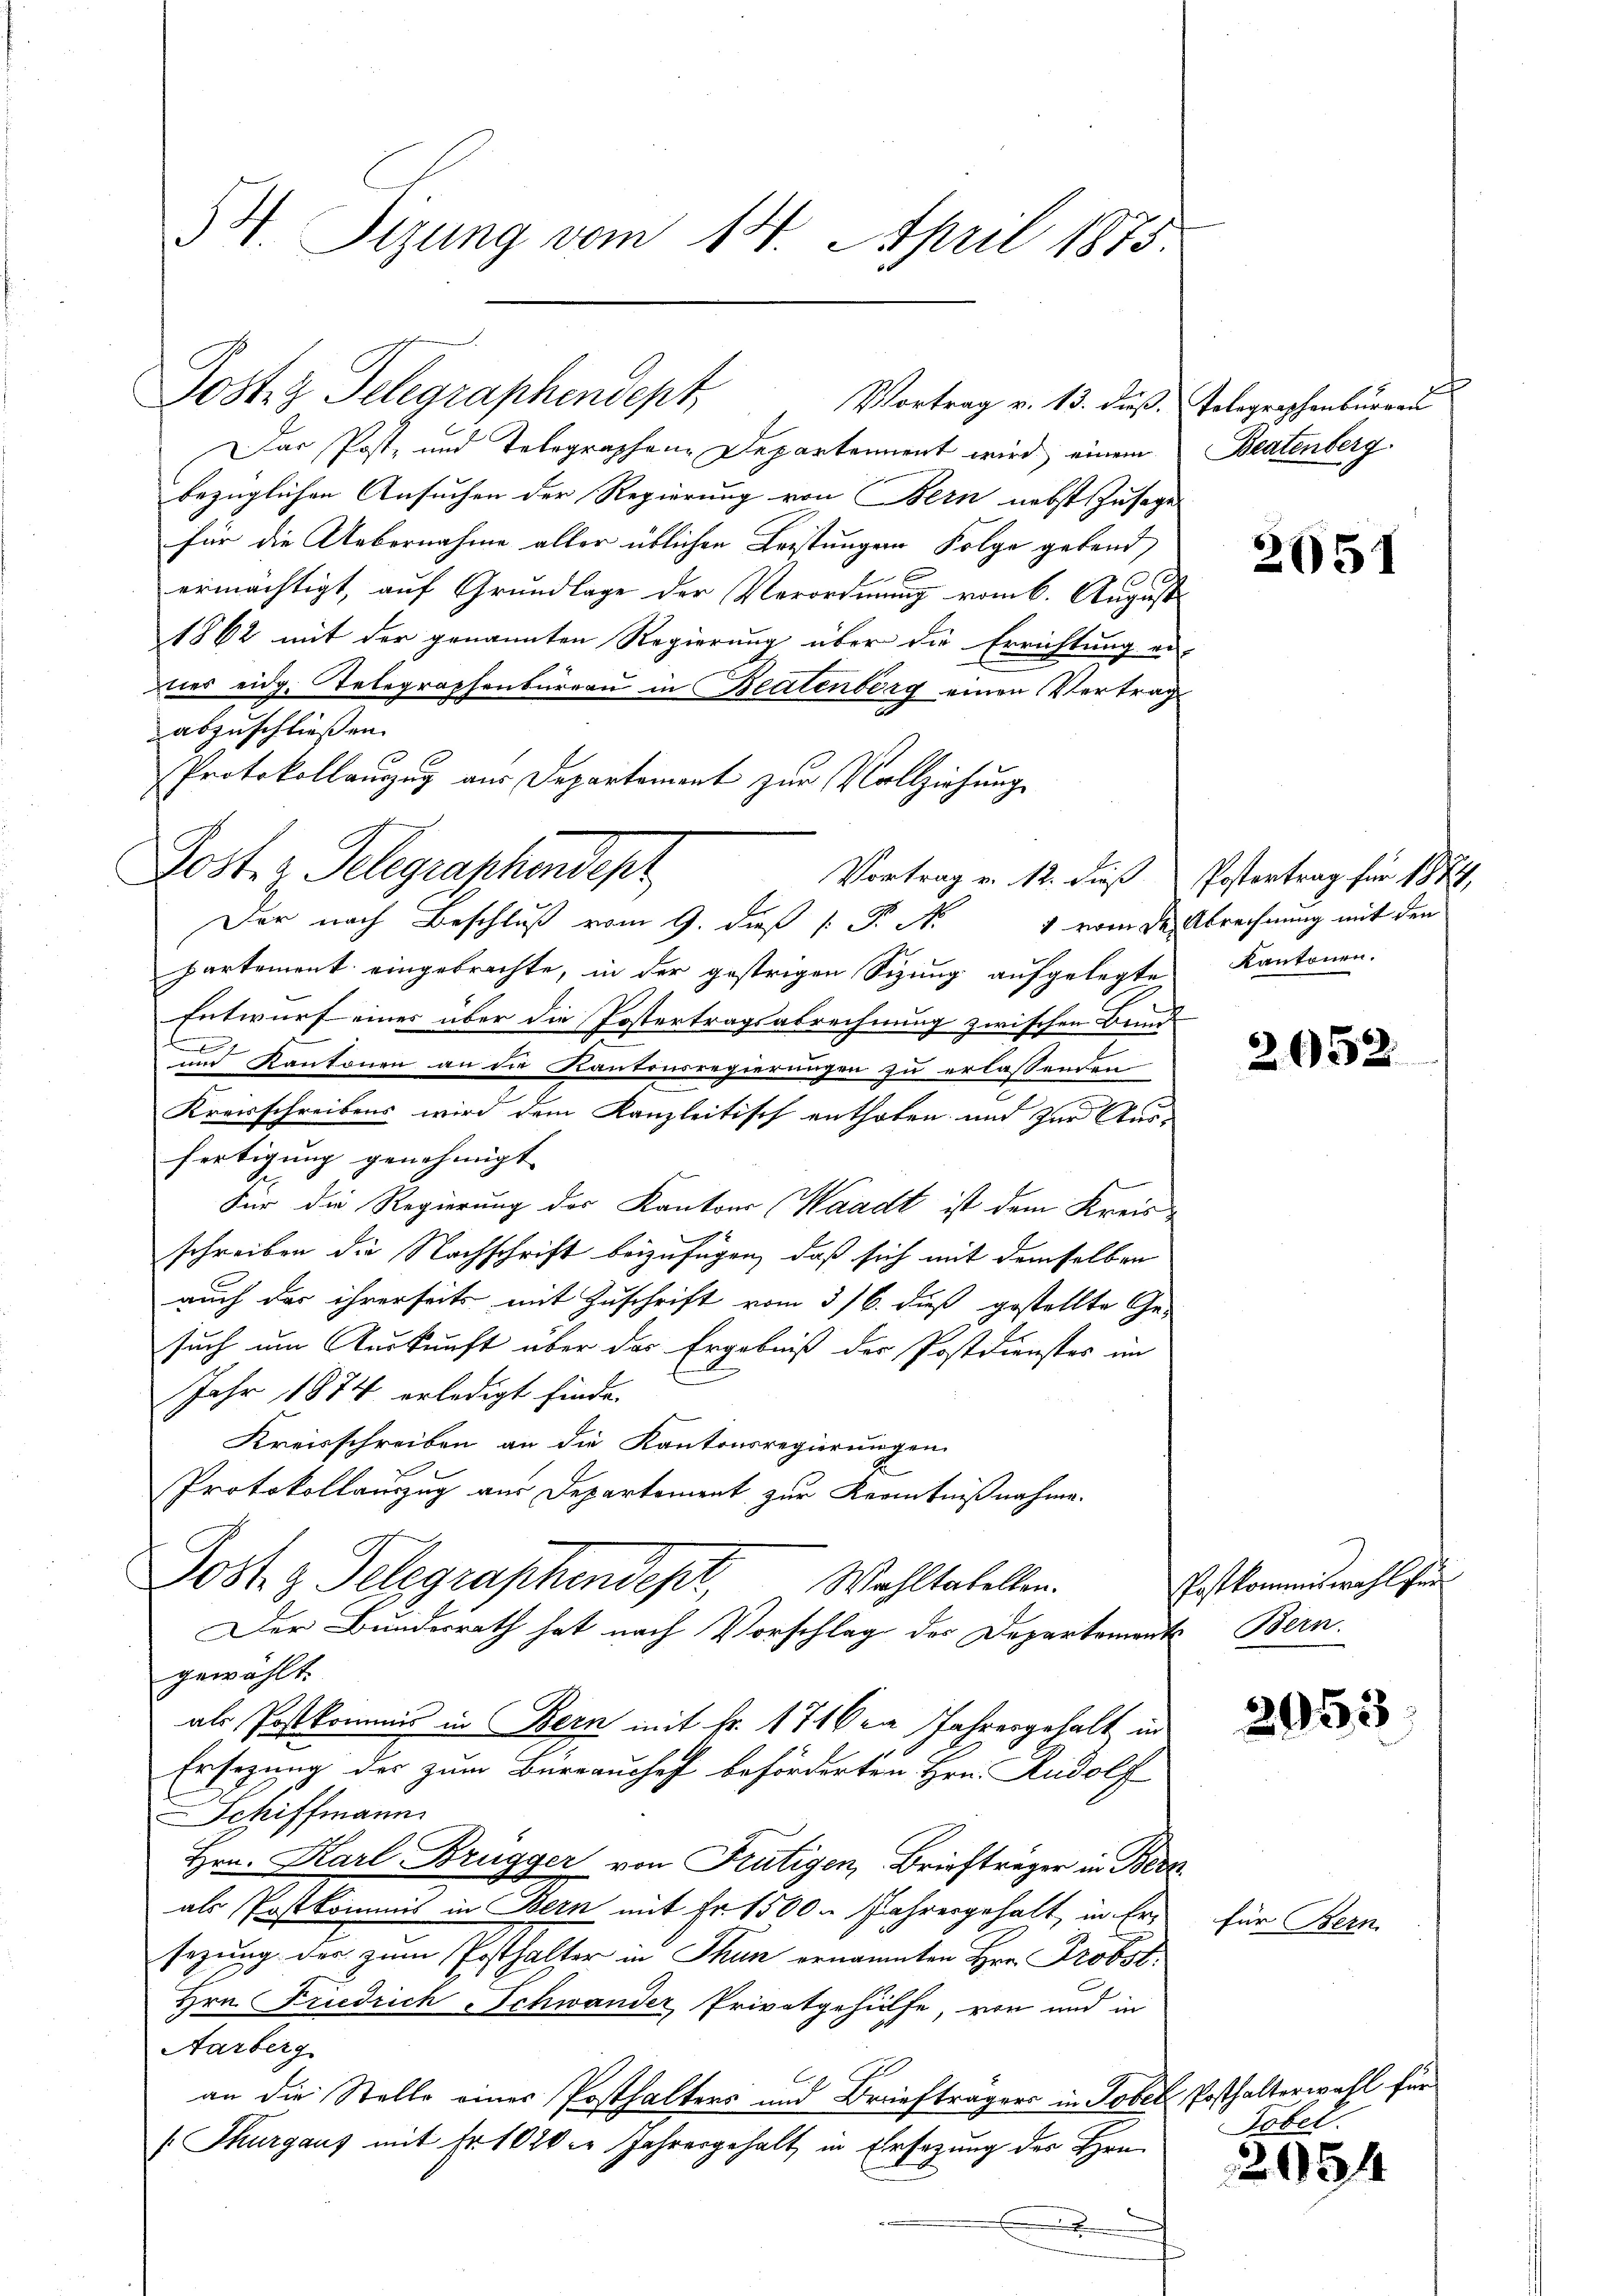
54. Sizung vom 14. April 1875.

Jostz Telegraphendept,
Vortrag v. 13. dieß.

Poste z. Telegraphendept

Das Post, und Telegraphene Departement wird, einem
bezüglichen Ansuchen der Regierung von Bern nebst Zusage
für die Uebernahme aller üblichen Leistungen Folge gebend
ermächtigt, auf Grundlage der Verordnung vom 6. August
1862 mit der genannten Regierung über die Errichtung ei
ies eidg. Telegraphenburgau in Beutenberg einen Vertrag
abzuschließen.
Protokollauzug aus Departement zur Vollziehung
Vortrag v. 12. dieß
Der nach Beschluß vom 9. dieß P. N. 1 vom den Abrechnung mit den
partement eingebrachte, in der gestrigen Sizung aufgelegten Kantonen.
Entwurf eines über die Postertragsabrechnung zwischen Bund
und Kantonen an die Kantonsregierungen zu erlassenden
Kreisschreibens wird dem Kanzleitisch enthoben und zur Ausfertigung genehmigt. |
Für die Regierung des Kantons Waadt ist dem Kreis
schreiben die Nachschrift beizufügen, daß sich mit demselben
auch das ihrerseits mit Zuschrift vom 3/6. dieß gestellte Ge-
such um Auskunft über das Ergebniß der Postdienster im
Jahr 1874 erledigt finde.
Kreisschreiben an die Kantonsregierungen
Protokollauszug aus Departement zur Kenntnißnahme.
Jost z. Telegraphendept, Wohltatellen.
Der Bundesrath hat nach Vorschlag des Departements Bern.
gewählt.
als Postkommis in Bern mit Fr. 1716 na Jahresgehalt in
Ersezung des zum Bureauchef beförderten Hrn. Rudolf
Schiffmann
Hrn. Karl Brugger von Frutigen, Briefträger in Ber
als Postkommis in Bern mit Fr. 1500. Jahresgehalt, in Ersezung der zum Posthalter in Thun ernannten Hrn. Probst.
Hrn. Friedrich-Schwander Privatgehülfe, von und in
Aarberg
an die Stelle einer Posthalters und Briefträgers in Tobel Posthalterwahl für
/. Thurgaus mit Fr. 1020. Jahresgehalt in Ersezung des Hrn.
x

Telegraphenburgau
Beatenberg

2051

Postertrag für 1884,

2052

Postkommiswahl fer

2053

für Bern

Tobel.

2954